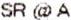
SR @ A